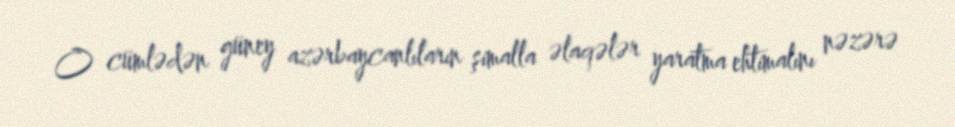
O cümlədən güney azərbaycanlıların şimalla əlaqələr yaratma ehtimalını nəzərə